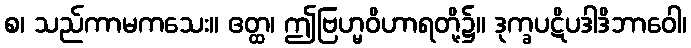
စ၊ သည်ကာမကသေး။ ဧတ္ထ၊ ဤဗြဟ္မဝိဟာရတို့၌။ ဒုက္ခပဋိပဒါဒိဘာဝေါ၊